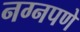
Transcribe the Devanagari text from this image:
नग्नपणे